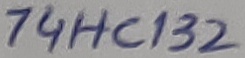
Text: 74HC132